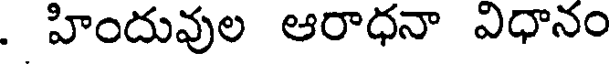
. హిందువుల ఆరాధనా విధానం